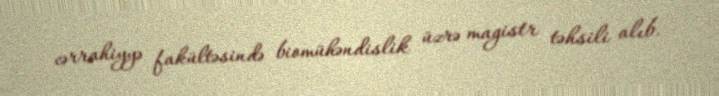
cərrahiyyə fakültəsində biomühəndislik üzrə magistr təhsili alıb.